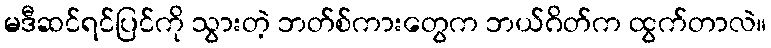
မဒီဆင်ရင်ပြင်ကို သွားတဲ့ ဘတ်စ်ကားတွေက ဘယ်ဂိတ်က ထွက်တာလဲ။